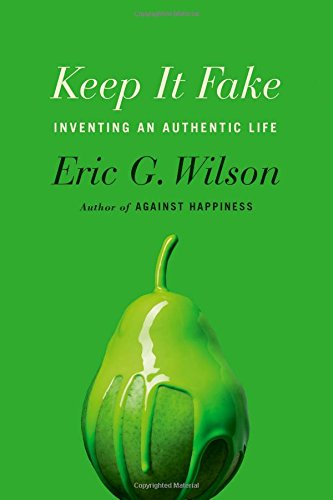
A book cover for Keep It Fake: Inventing an Authentic Life; Eric G. Wilson; Politics & Social Sciences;